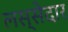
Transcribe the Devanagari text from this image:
लस्सेदार